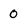
Character: 0